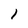
Character: l